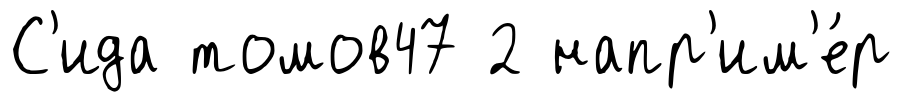
С'ида томов47 2 напр'им'е́р